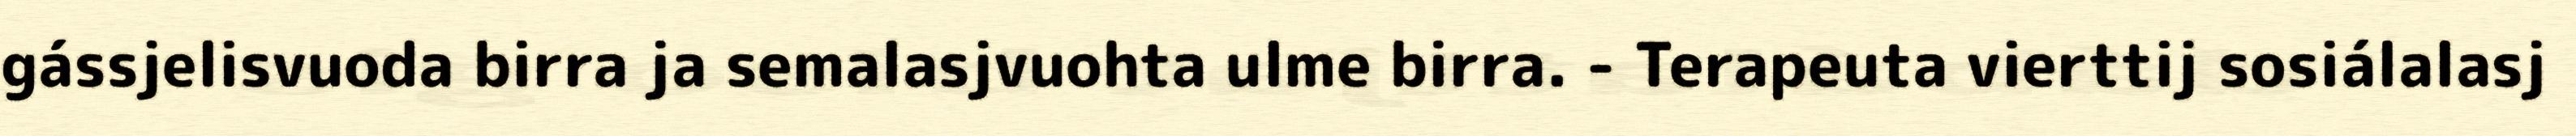
gássjelisvuoda birra ja semalasjvuohta ulme birra. - Terapeuta vierttij sosiálalasj